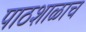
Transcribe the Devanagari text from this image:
पाठशाळाच